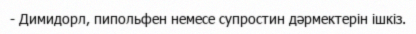
- Димидорл, пипольфен немесе супростин дәрмектерін ішкіз.